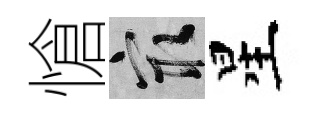
愴冣星